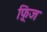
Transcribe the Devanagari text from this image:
फ़्रिंज